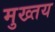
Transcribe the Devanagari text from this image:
मुख्तय